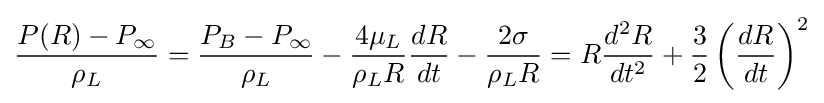
{\frac {P(R)-P_{\infty }}{\rho _{L}}}={\frac {P_{B}-P_{\infty }}{\rho _{L}}}-{\frac {4\mu _{L}}{\rho _{L}R}}{\frac {dR}{dt}}-{\frac {2\sigma }{\rho _{L}R}}=R{\frac {d^{2}R}{dt^{2}}}+{\frac {3}{2}}\left({\frac {dR}{dt}}\right)^{2}